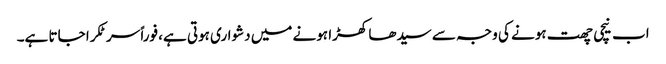
اب نیچی چھت ہونے کی وجہ سے سیدھا کھڑا ہونے میں دشواری ہوتی ہے، فوراً سر ٹکرا جاتا ہے۔